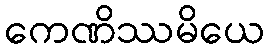
ကေဏိဿမိယေ